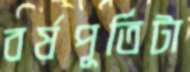
বর্ষপূর্তিটা